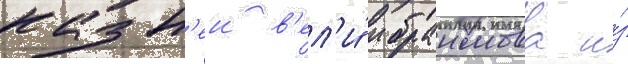
казн'еи в'ел'и́ ибраимова и́з